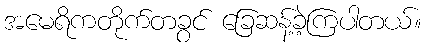
အမေရိကတိုက်တခွင် ခြေဆန့်ခဲ့ကြပါတယ်။